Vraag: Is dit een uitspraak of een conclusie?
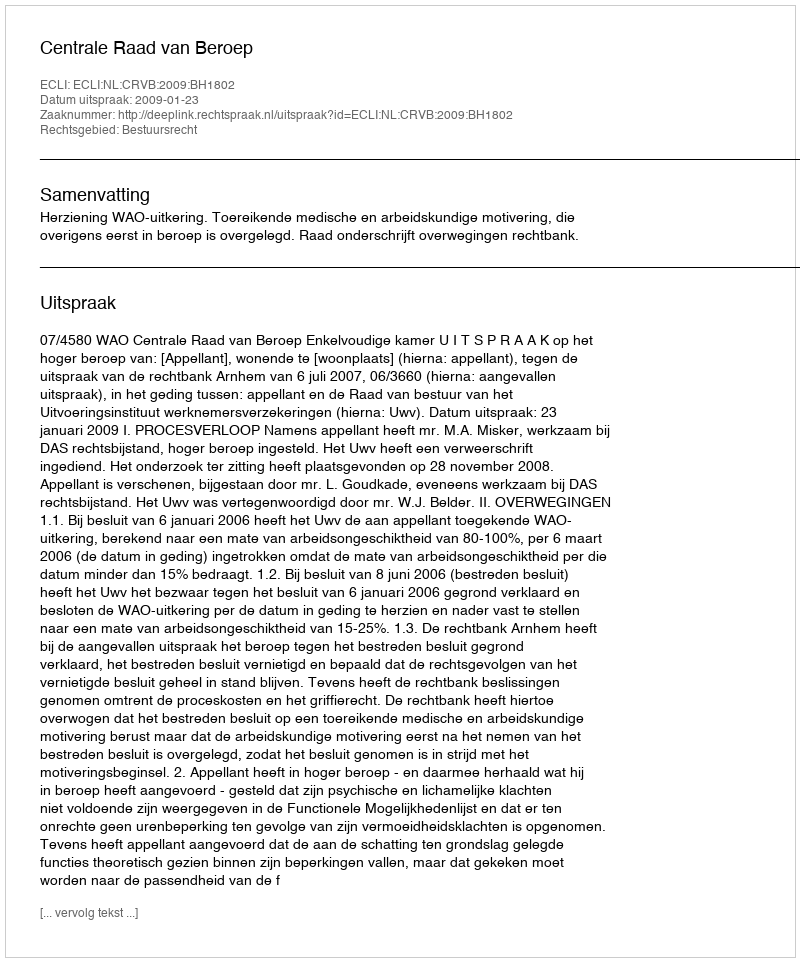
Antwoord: Uitspraak